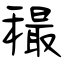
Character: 穝